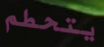
يتحطم